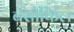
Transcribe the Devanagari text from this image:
बेसोफिल